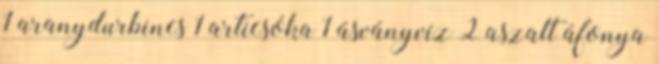
1 aranydurbincs 1 articsóka 1 ásványvíz 2 aszalt áfonya